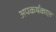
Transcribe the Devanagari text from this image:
अपकर्षकाल